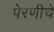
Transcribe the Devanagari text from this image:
पेरणीचे